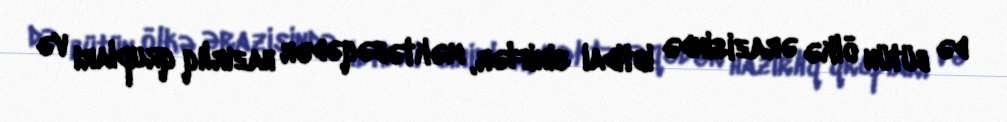
də bütün ölkə ərazisində ibtidai siniflər, məktəbəqədər hazırlıq qrupları və